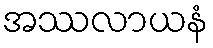
အဿလာယနံ